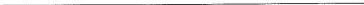
___